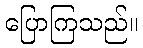
ပြောကြသည်။